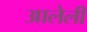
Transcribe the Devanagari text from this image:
आलेलीं